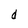
Character: d